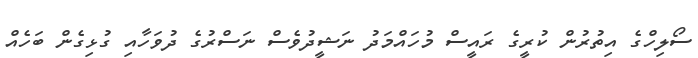
ސޯލިހްގެ އިތުރުން ކުރީގެ ރައީސް މުހައްމަދު ނަޝީދުވެސް ނަސްރުގެ ދުވަހާއި ގުޅިގެން ބަހެއް